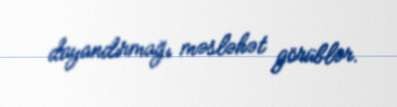
dayandırmağı məsləhət görüblər.